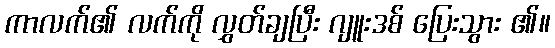
ကာလက်၏ လက်ကို လွှတ်ချပြီး ဂျူးဒစ် ပြေးသွား ၏။